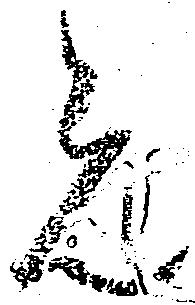
先